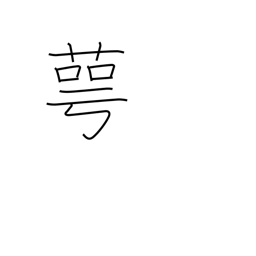
Meaning: calyx